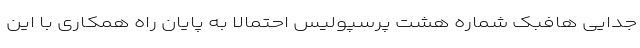
جدایی هافبک شماره هشت پرسپولیس احتمالا به پایان راه همکاری با این